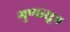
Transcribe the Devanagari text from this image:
गुणासूत्र